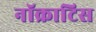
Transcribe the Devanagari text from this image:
नॉक्राटिस